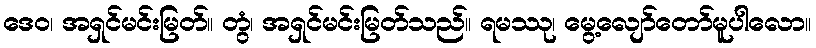
ဒေဝ၊ အရှင်မင်းမြတ်။ တွံ၊ အရှင်မင်းမြတ်သည်။ ရမဿု၊ မွေ့လျော်တော်မူပါလော။